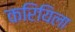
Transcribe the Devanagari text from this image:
करियिला